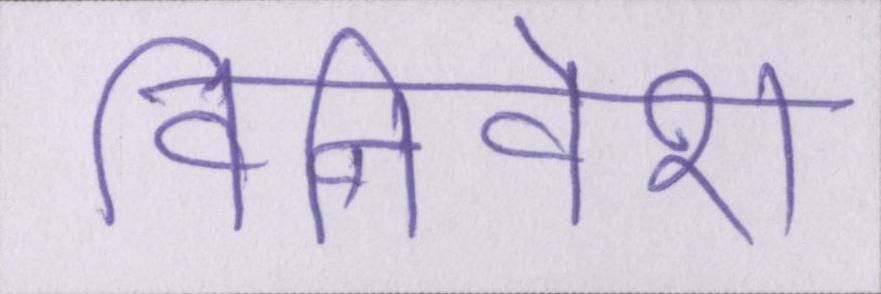
विनिवेश